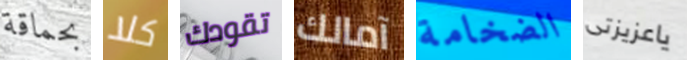
بحماقة كلا تقودك آمالك الضخامة ياعزيزتى